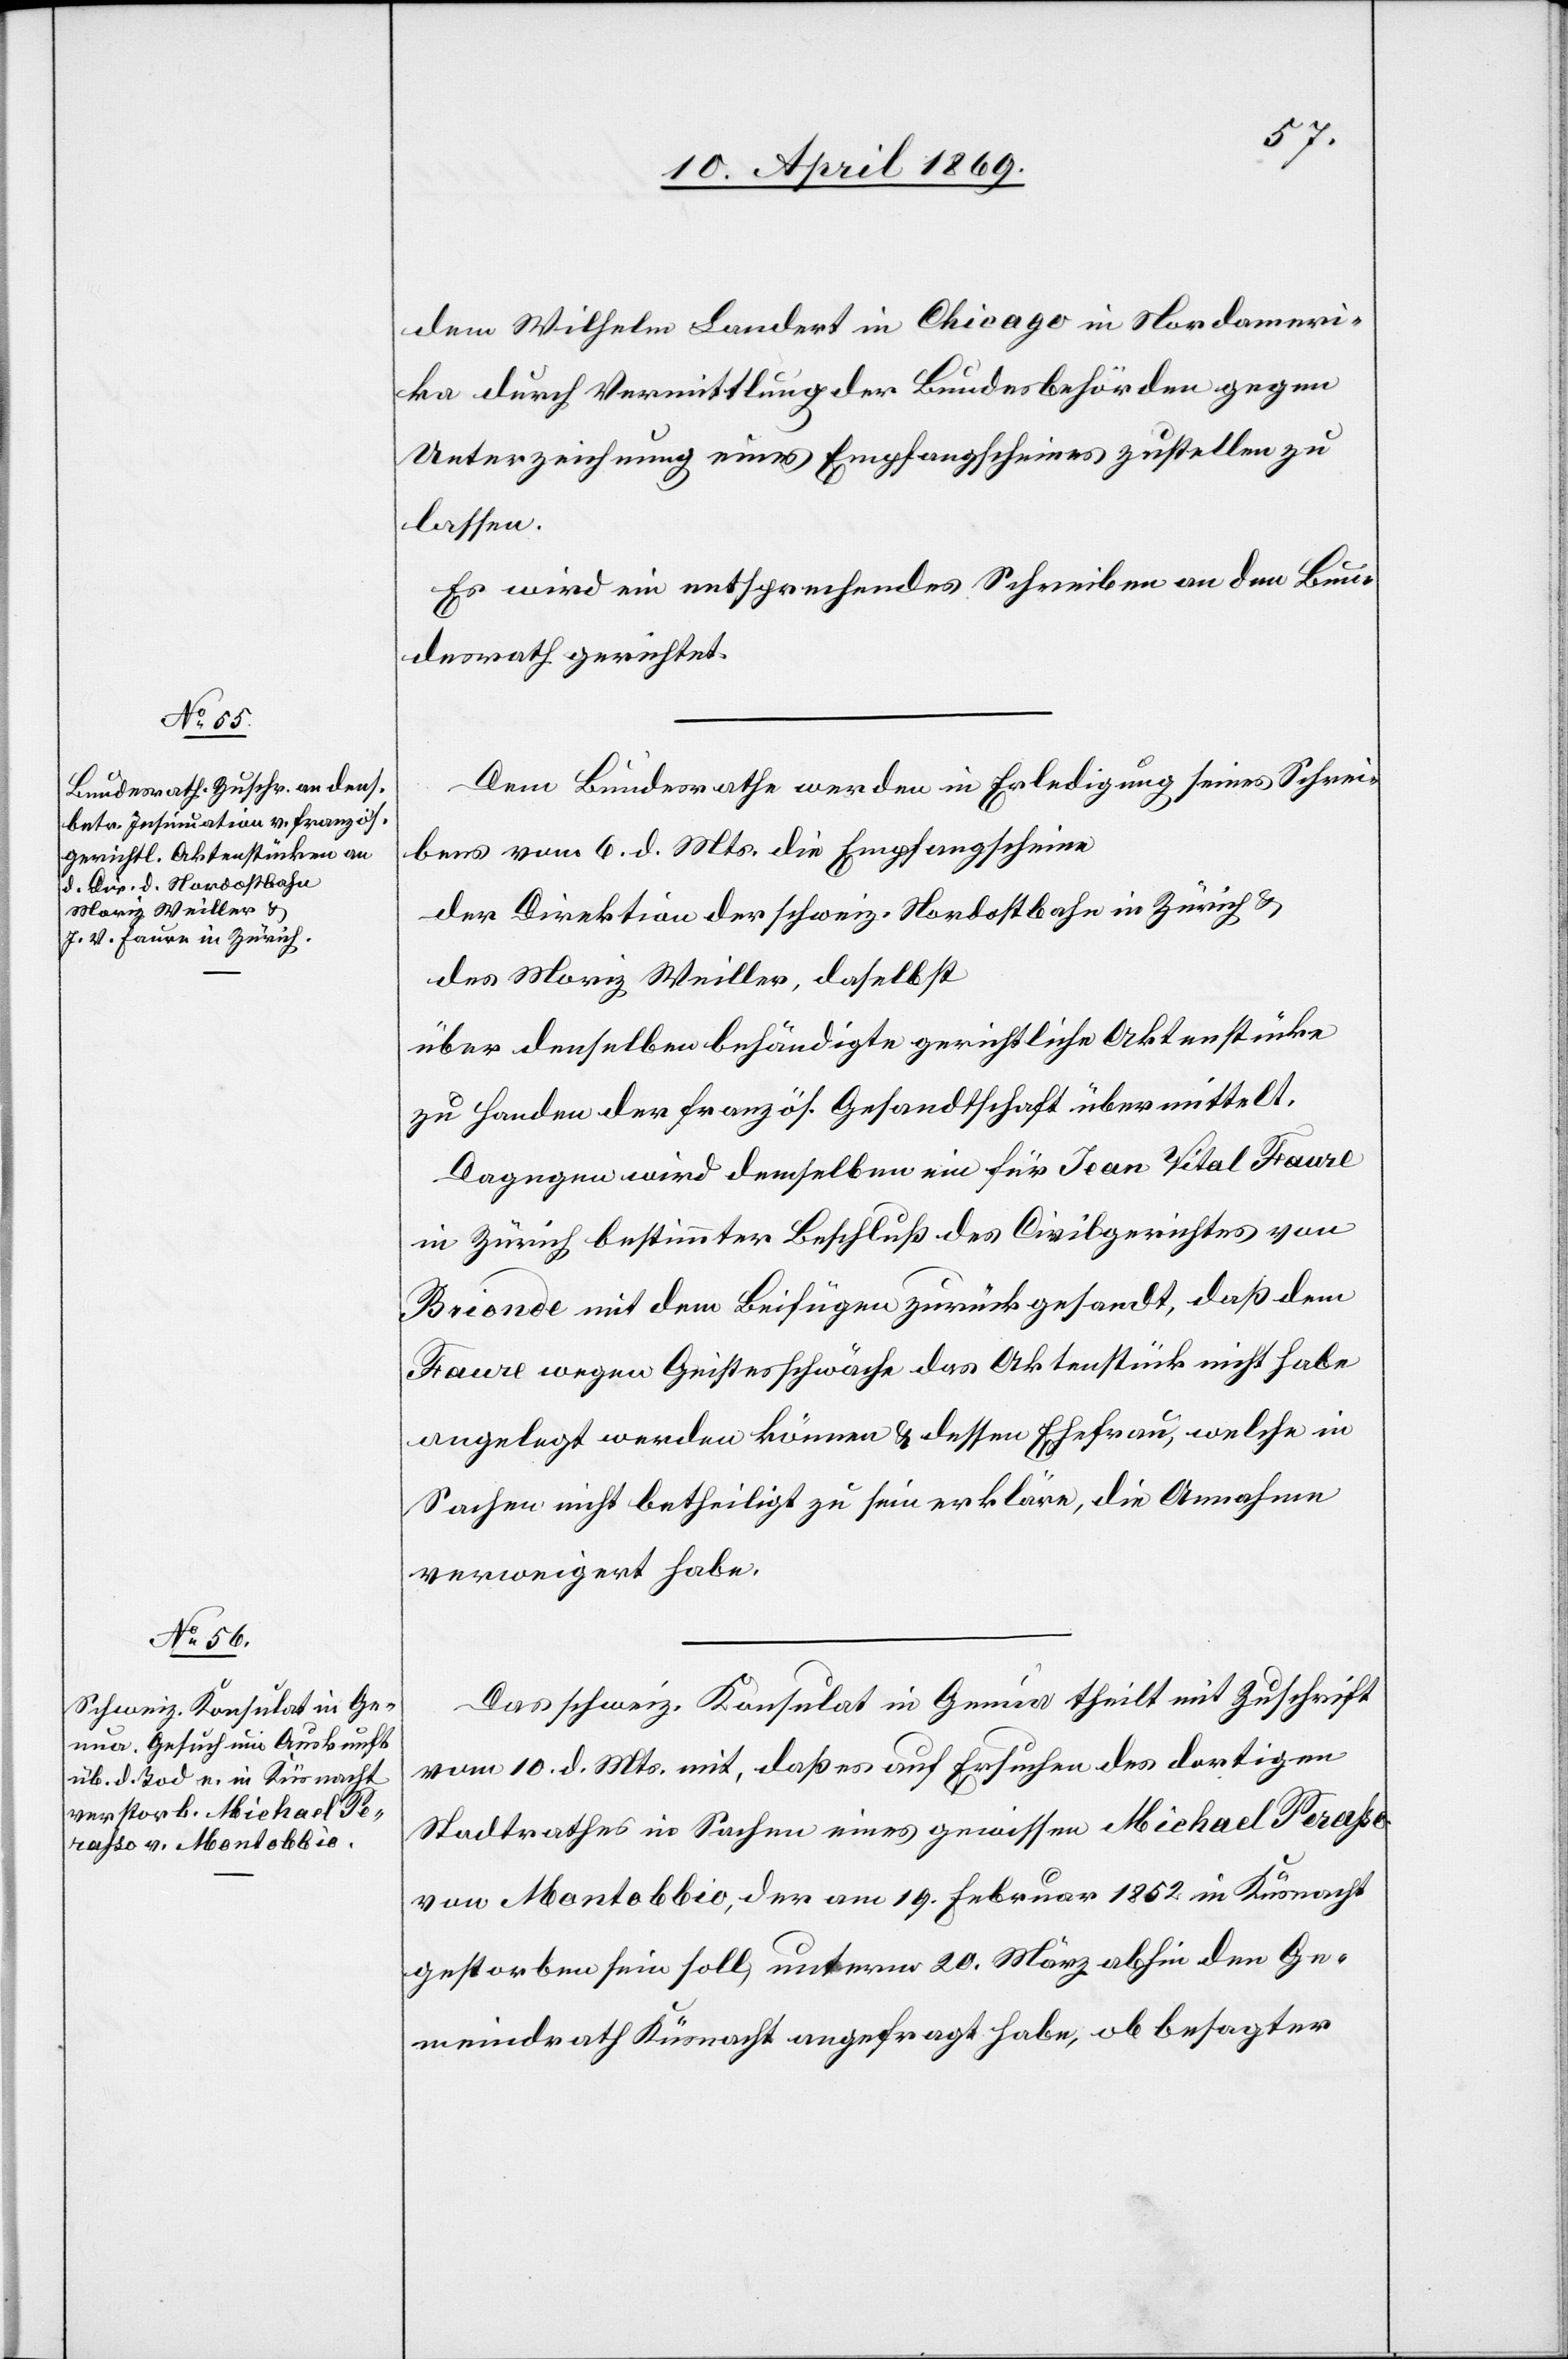
13. April 1869.]
dem Wilhelm Landert in Chicago in Nordameri¬
ka durch Vermittlung der Bundesbehörden gegen
Unterzeichnung eines Empfangsscheines zustellen zu
lassen.
Es wird ein entsprechendes Schreiben an den Bun¬
desrath gerichtet.
Dem Bundesrathe werden in Erledigung seines Schrei¬
bens vom 6. d. Mts. die Empfangsscheine
der Direktion der schweiz. Nordostbahn in Zürich u.
des Moriz Weiller, daselbst
über denselben behändigte gerichtliche Aktenstücke
zu Handen der französ. Gesandtschaft übermittelt.
Dagegen wird demselben ein für Jean Vital Faure
in Zürich bestimmter Beschluß des Civilgerichtes von
Brionde mit dem Beifügen zurückgesandt, daß dem
Faure wegen Geistesschwäche das Aktenstück nicht habe
angelegt werden können u. dessen Ehefrau, welche in
Sachen nicht betheiligt zu sein erkläre, die Annahme
verweigert habe.
Das schweiz. Konsulat in Genua theilt mit Zuschrift
vom 10. d. Mts., mit, daß es auf Ersuchen des dortigen
Stadtrathes in Sachen eines gewissen Michael Perasso
von Montobbio, der am 19. Februar 1852 in Küsnacht
gestorben sein soll, unterm 20. März abhin den Ge¬
meindrath Küsnacht angefragt habe, ob besagter